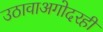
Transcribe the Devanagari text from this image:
उठावाअगोदरही